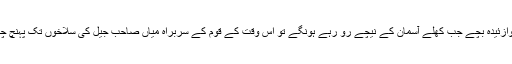
مگر جب نوازئیدہ بچے جب کھلے آسمان کے نیچے رو رہے ہونگے تو اس وقت کے قوم کے سربراہ میاں صاحب جیل کی سلاخوں تک پہنچ چکے تھے ۔